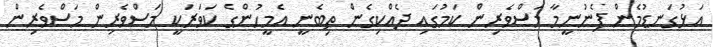
އަޅުގަނޑުމެން ފެނުނީމާ މަސްވެރިން ކަމުގައި ދެއްކިގެން ތިބެނީ އެމީހުންގެ ކަވަރަކީ މަސްވެރިން މަސްވެރިން